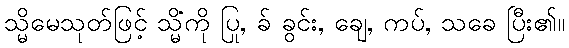
သ္မိမေသုတ်ဖြင့် သ္မိံကို ပြု, ခ် ခွင်း, ချေ, ကပ်, သခေ ပြီး၏။